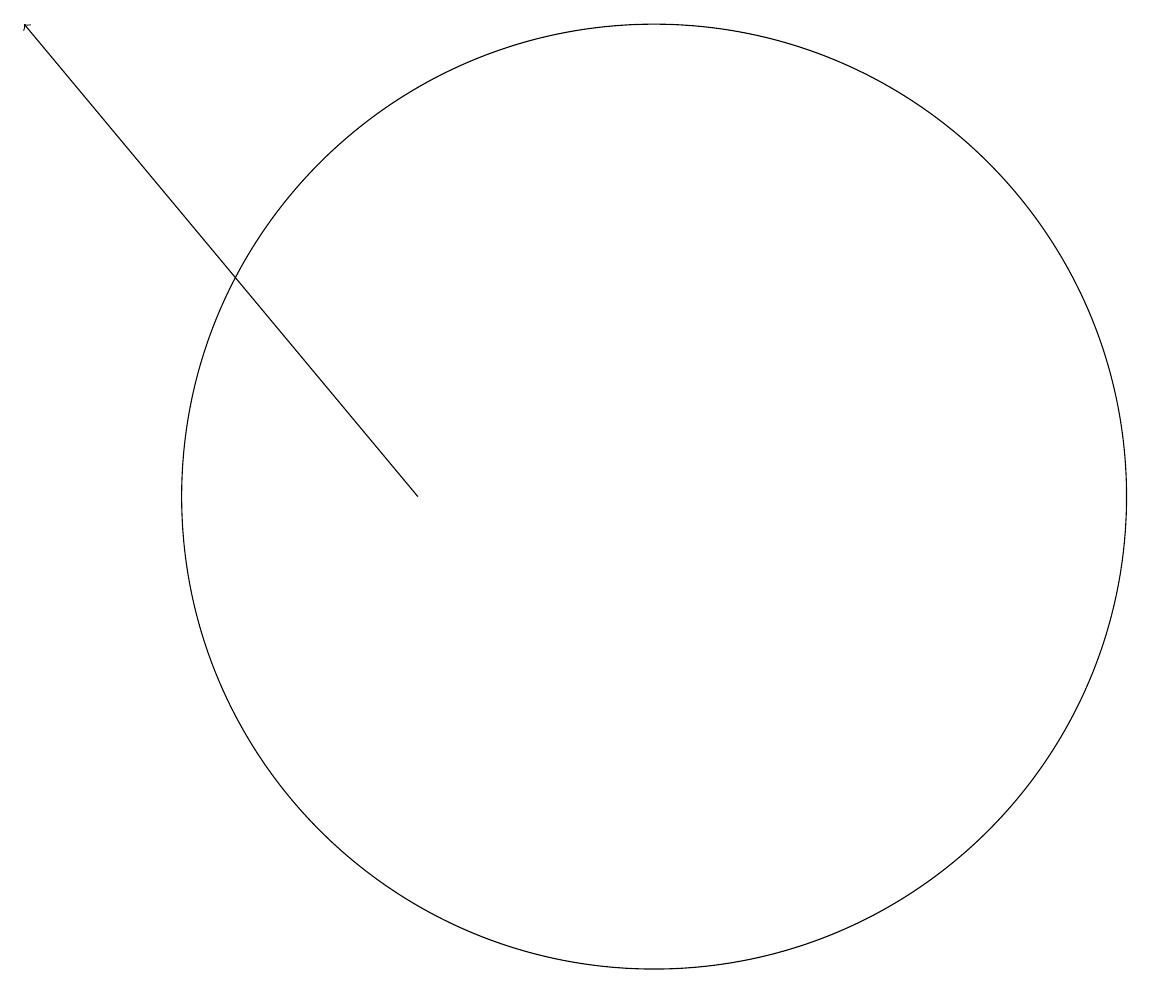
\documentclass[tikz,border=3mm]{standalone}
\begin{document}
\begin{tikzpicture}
\draw (10,11) circle (6);
\draw (12,10) circle (0);
\draw[->] (7,11) -- (2,17);
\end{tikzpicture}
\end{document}